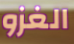
الغزو